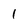
Character: 1